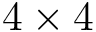
4 \times 4